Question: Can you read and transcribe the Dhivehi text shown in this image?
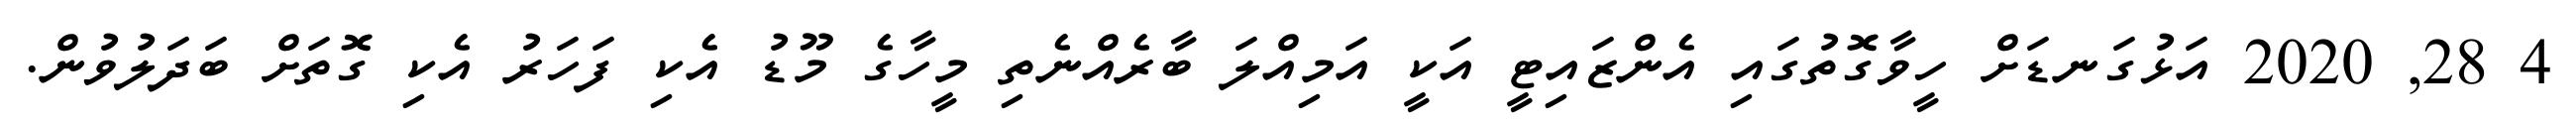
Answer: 4 28, 2020 އަޅުގަނޑަށް ހީވާގޮތުގައި އެންޒައިޓީ އަކީ އަމިއްލަ ބާރެއްނެތި މީހާގެ މޫޑު އެކި ފަހަރު އެކި ގޮތަށް ބަދަލުވުން.